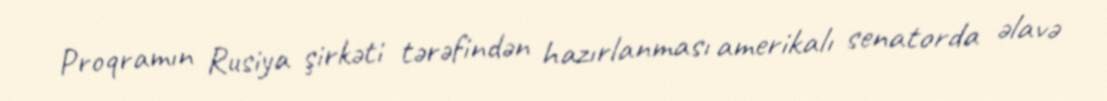
Proqramın Rusiya şirkəti tərəfindən hazırlanması amerikalı senatorda əlavə